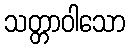
သတ္တာဝါသော